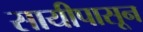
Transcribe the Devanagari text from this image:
सायीपासून